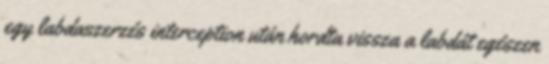
egy labdaszerzés interception után hordta vissza a labdát egészen